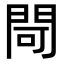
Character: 閜